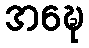
အဍ္ဎေ